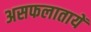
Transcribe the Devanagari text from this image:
असफलातायें